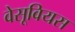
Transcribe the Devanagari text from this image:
वेसूवियस